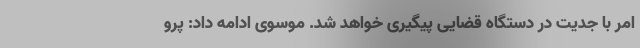
امر با جدیت در دستگاه قضایی پیگیری خواهد شد. موسوی ادامه داد: پرو